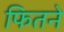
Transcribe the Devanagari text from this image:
फितने